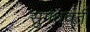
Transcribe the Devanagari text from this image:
सुगंधवर्ती